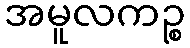
အမူလကဉ္စ